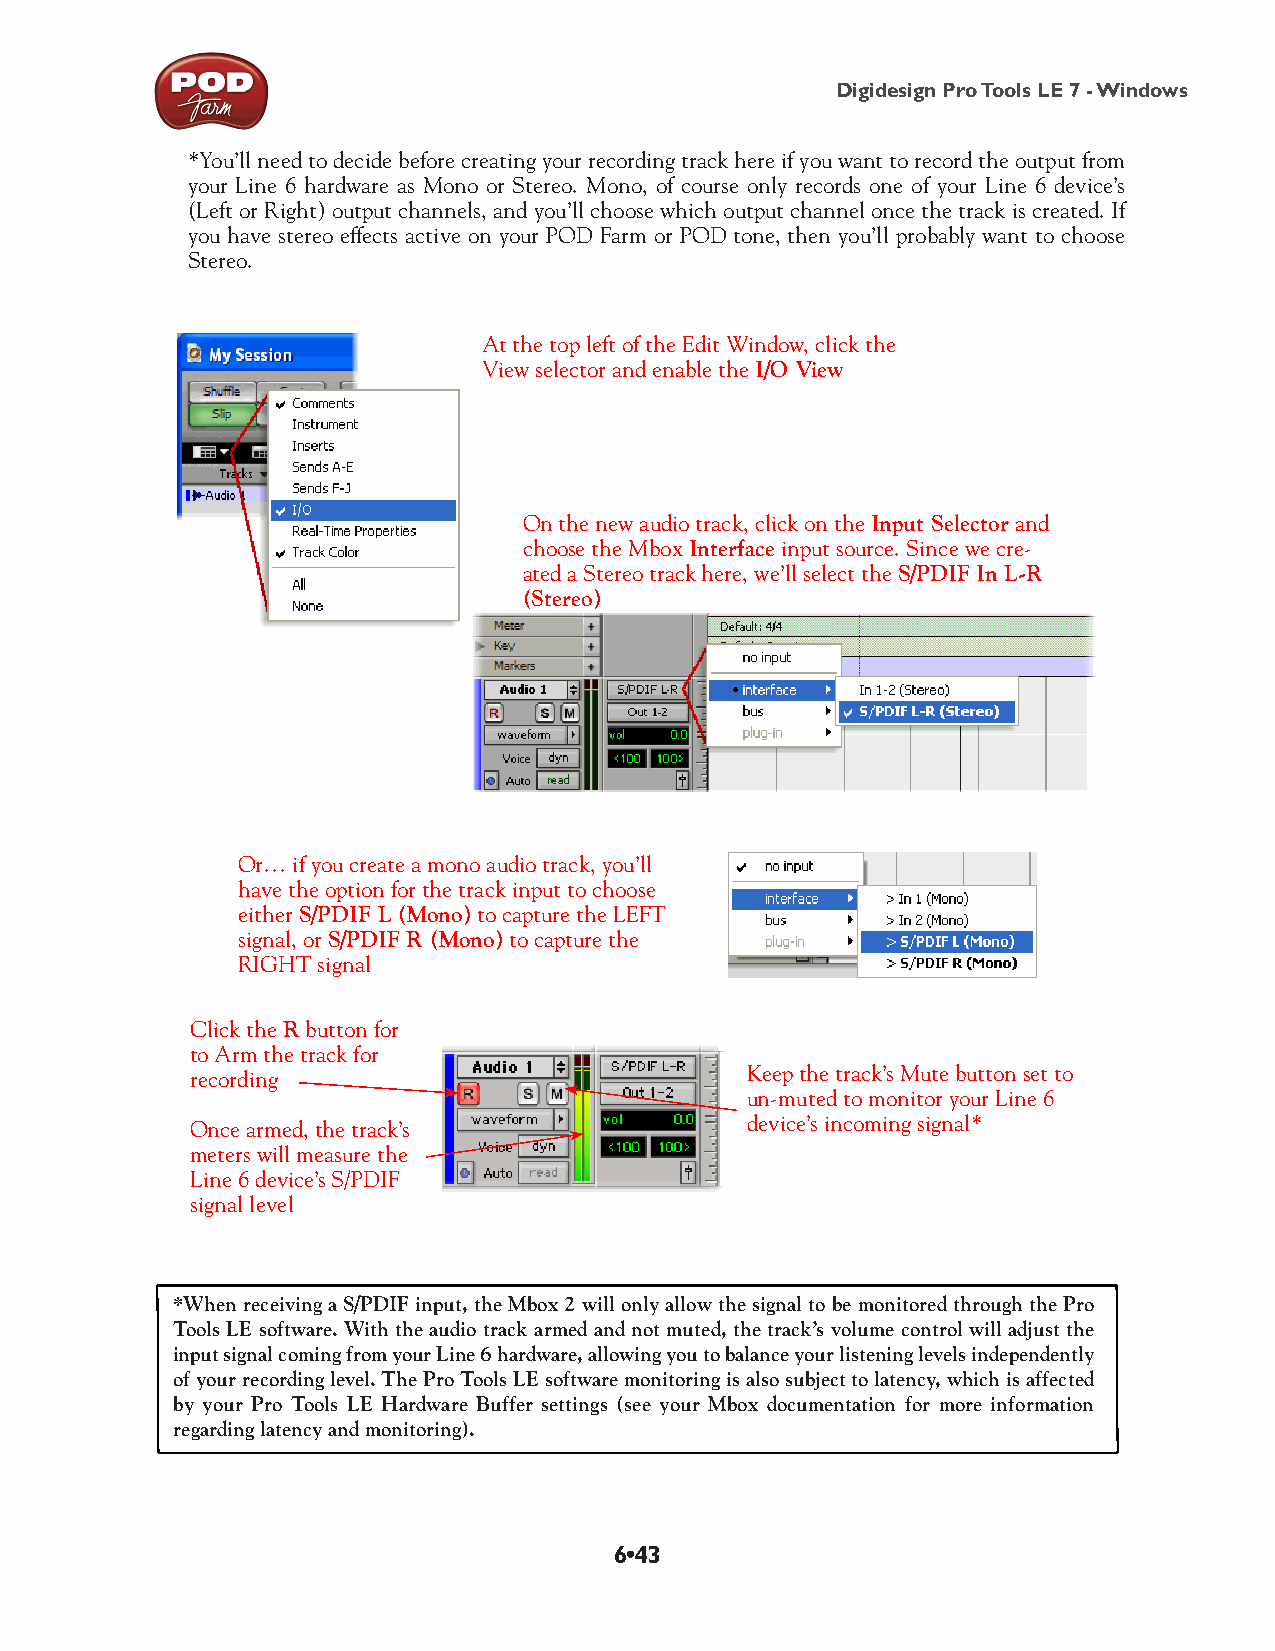
Digidesign Pro Tools LE 7 - Windows
 *You’ll need to decide before creating your recording track here if you want to record the output from
 your Line 6 hardware as Mono or Stereo. Mono, of course only records one of your Line 6 device’s
 (Left or Right) output channels, and you’ll choose which output channel once the track is created. If
 you have stereo effects active on your POD Farm or POD tone, then you’ll probably want to choose
 Stereo.
 At the top left of the Edit Window, click the
 View selector and enable the I/O View
 On the new audio track, click on the Input Selector and
 choose the Mbox Interface input source. Since we cre-
 ated a Stereo track here, we’ll select the S/PDIF In L-R
 (Stereo)
 Or… if you create a mono audio track, you’ll
 have the option for the track input to choose
 either S/PDIF L (Mono) to capture the LEFT
 signal, or S/PDIF R (Mono) to capture the
 RIGHT signal
 Click the R button for
 to Arm the track for
 Keep the track’s Mute button set to
 recording
 un-muted to monitor your Line 6
 device’s incoming signal*
 Once armed, the track’s
 meters will measure the
 Line 6 device’s S/PDIF
 signal level
 *When receiving a S/PDIF input, the Mbox 2 will only allow the signal to be monitored through the Pro
 Tools LE software. With the audio track armed and not muted, the track’s volume control will adjust the
 input signal coming from your Line 6 hardware, allowing you to balance your listening levels independently
 of your recording level. The Pro Tools LE software monitoring is also subject to latency, which is affected
 by your Pro Tools LE Hardware Buffer settings (see your Mbox documentation for more information
 regarding latency and monitoring).
 6•43